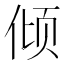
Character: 倾